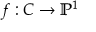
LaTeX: f : C \to \mathbb { P } ^ { 1 }